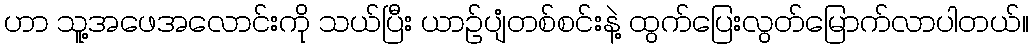
ဟာ သူ့အဖေအလောင်းကို သယ်ပြီး ယာဉ်ပျံတစ်စင်းနဲ့ ထွက်ပြေးလွတ်မြောက်လာပါတယ်။